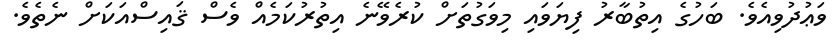
ވަޢުދުވިއެވެ. ބަހުގެ އިތުބާރު ފިޔަވައި މިވަގުތަށް ކުރެވޭނެ އިތުރުކަމެއް ވެސް ޤައިސްއަކަށް ނެތެވެ.